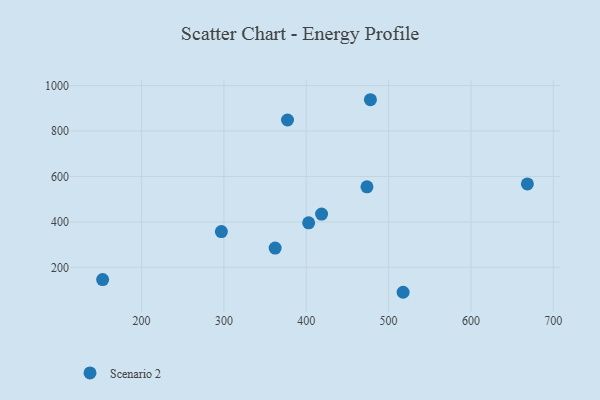
{"axis": {"x": "Experience", "y": "Profit"}, "legend": ["Scenario 2"], "data": [{"x": "377.2", "y": 848.5, "type": "Scenario 2"}, {"x": "362.2", "y": 285.0, "type": "Scenario 2"}, {"x": "473.7", "y": 554.5, "type": "Scenario 2"}, {"x": "668.5", "y": 567.3, "type": "Scenario 2"}, {"x": "402.9", "y": 395.9, "type": "Scenario 2"}, {"x": "477.9", "y": 937.8, "type": "Scenario 2"}, {"x": "517.6", "y": 90.3, "type": "Scenario 2"}, {"x": "418.6", "y": 434.3, "type": "Scenario 2"}, {"x": "296.9", "y": 357.5, "type": "Scenario 2"}, {"x": "152.7", "y": 146.4, "type": "Scenario 2"}]}